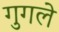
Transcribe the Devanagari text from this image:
गुगले